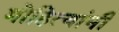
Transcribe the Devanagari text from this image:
मोहित्यांनी